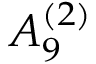
{ A } _ { 9 } ^ { ( 2 ) }